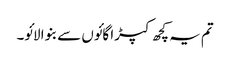
تم یہ کچھ کپڑا گائوں سے بنوا لائو۔